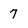
Character: 7